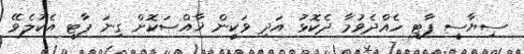
ސިޔާސީ ޕާޓީ ހެއްދެވުމާ ދެކޮޅު އަދި ވަކީން ޚާއްޞަކޮށް ގިނަ ޕާޓީ އެކުލެވޭ